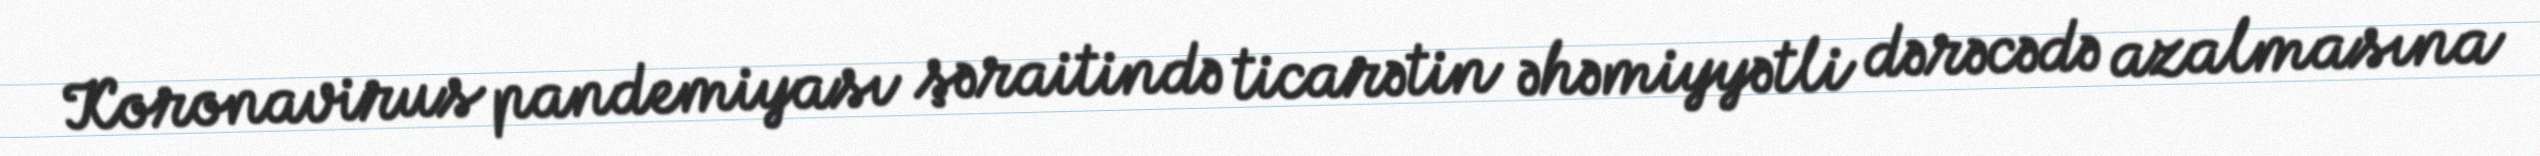
Koronavirus pandemiyası şəraitində ticarətin əhəmiyyətli dərəcədə azalmasına